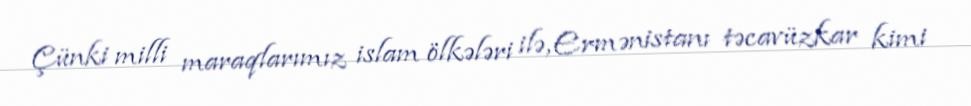
Çünki milli maraqlarımız islam ölkələri ilə, Ermənistanı təcavüzkar kimi